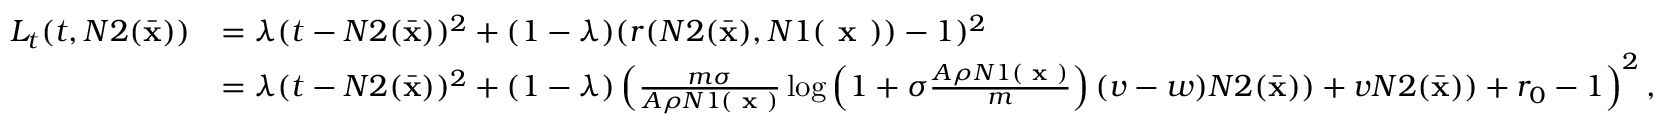
\begin{array} { r l } { L _ { t } ( t , N 2 ( \bar { \mathbf { x } } ) ) } & { = \lambda ( t - N 2 ( \bar { \mathbf { x } } ) ) ^ { 2 } + ( 1 - \lambda ) ( r ( N 2 ( \Bar { \mathbf { x } } ) , N 1 ( \textbf { x } ) ) - 1 ) ^ { 2 } } \\ & { = \lambda ( t - N 2 ( \bar { \mathbf { x } } ) ) ^ { 2 } + ( 1 - \lambda ) \left( \frac { m \sigma } { A \rho N 1 ( \textbf { x } ) } \log \left( 1 + \sigma \frac { A \rho N 1 ( \textbf { x } ) } { m } \right) ( v - w ) N 2 ( \bar { \mathbf { x } } ) ) + v N 2 ( \Bar { \mathbf { x } } ) ) + r _ { 0 } - 1 \right) ^ { 2 } , } \end{array}